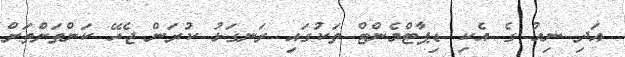
އަދި ނިއު ގެ އެކި ޑިޕާޓްމެންޓް ތަކުގައި ރަނގަޅު ކުރަން ޖެހޭ ކަންތަށްތަށް